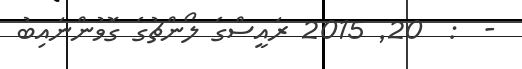
-  :  20